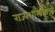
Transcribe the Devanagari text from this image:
राज्यशास्त्रज्ञांची